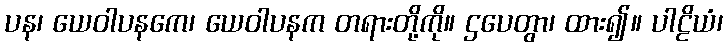
ပန၊ ယေဝါပနကေ၊ ယေဝါပနက တရားတို့ကို။ ဌပေတွာ၊ ထား၍။ ပါဠိယံ၊